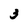
Character: 3